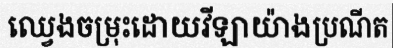
ឈ្វេងចម្រុះដោយវីឡាយ៉ាងប្រណីត